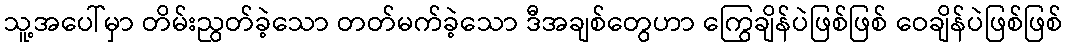
သူ့အပေါ်မှာ တိမ်းညွတ်ခဲ့သော တတ်မက်ခဲ့သော ဒီအချစ်တွေဟာ ကြွေချိန်ပဲဖြစ်ဖြစ် ဝေချိန်ပဲဖြစ်ဖြစ်